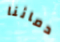
دمائنا